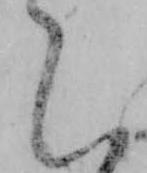
く